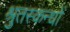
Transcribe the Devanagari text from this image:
श्रुतस्कन्धों